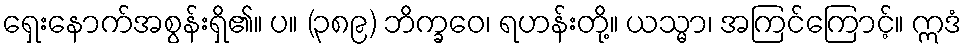
ရှေးနောက်အစွန်းရှိ၏။ ပ။ (၃၈၉) ဘိက္ခဝေ၊ ရဟန်းတို့။ ယသ္မာ၊ အကြင်ကြောင့်။ ဣဒံ